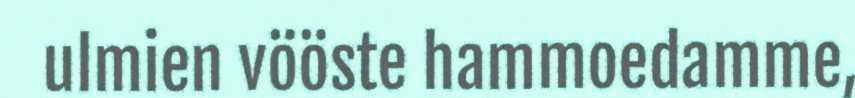
ulmien vööste hammoedamme,